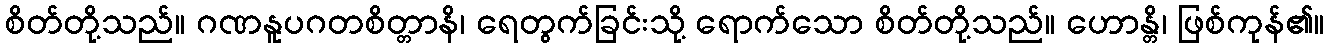
စိတ်တို့သည်။ ဂဏနူပဂတစိတ္တာနိ၊ ရေတွက်ခြင်းသို့ ရောက်သော စိတ်တို့သည်။ ဟောန္တိ၊ ဖြစ်ကုန်၏။